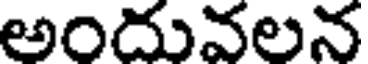
అందువలన